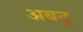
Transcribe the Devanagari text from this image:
अबटु